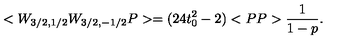
< W _ { 3 / 2 , 1 / 2 } W _ { 3 / 2 , - 1 / 2 } P > = ( 2 4 t _ { 0 } ^ { 2 } - 2 ) < P P > \frac { 1 } { 1 - p } .